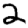
Digit: 2